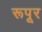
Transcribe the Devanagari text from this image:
रूपूर